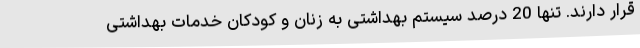
قرار دارند. تنها 20 درصد سیستم بهداشتی به زنان و کودکان خدمات بهداشتی